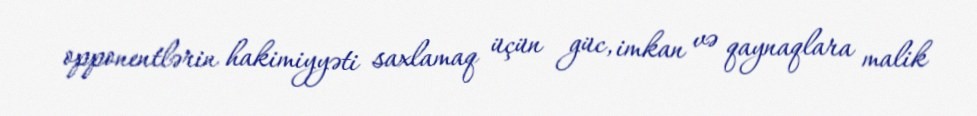
opponentlərin hakimiyyəti saxlamaq üçün güc, imkan və qaynaqlara malik